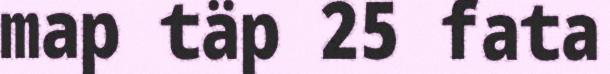
map täp 25 fata